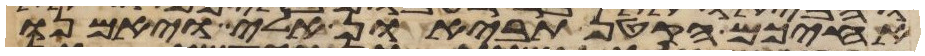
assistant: אחיכם הקטן תביאון אלי ויאמנו